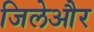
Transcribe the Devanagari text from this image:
जिलेऔर